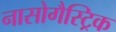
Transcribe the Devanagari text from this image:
नासोगैस्ट्रिक